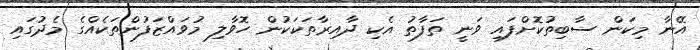
އޭނާ މިކަން ސާބިތުކޮށްފައި ވަނީ ތަފާތު އެކި ދާއިރާތަކަކުން ހޮވާލި މުވައްޒަފުންތަކެއްގެ މެދުގައި